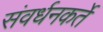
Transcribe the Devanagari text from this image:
संवर्धनकर्ते